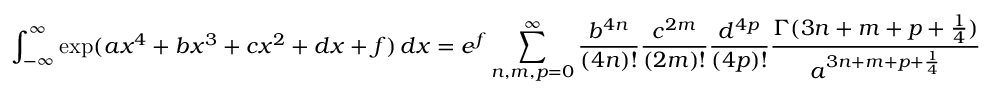
\int _ { - \infty } ^ { \infty } \exp ( { a x ^ { 4 } + b x ^ { 3 } + c x ^ { 2 } + d x + f } ) \, d x = e ^ { f } \sum _ { n , m , p = 0 } ^ { \infty } { \frac { b ^ { 4 n } } { ( 4 n ) ! } } { \frac { c ^ { 2 m } } { ( 2 m ) ! } } { \frac { d ^ { 4 p } } { ( 4 p ) ! } } { \frac { \Gamma ( 3 n + m + p + { \frac { 1 } { 4 } } ) } { a ^ { 3 n + m + p + { \frac { 1 } { 4 } } } } }